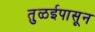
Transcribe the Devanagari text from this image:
तुळईपासून